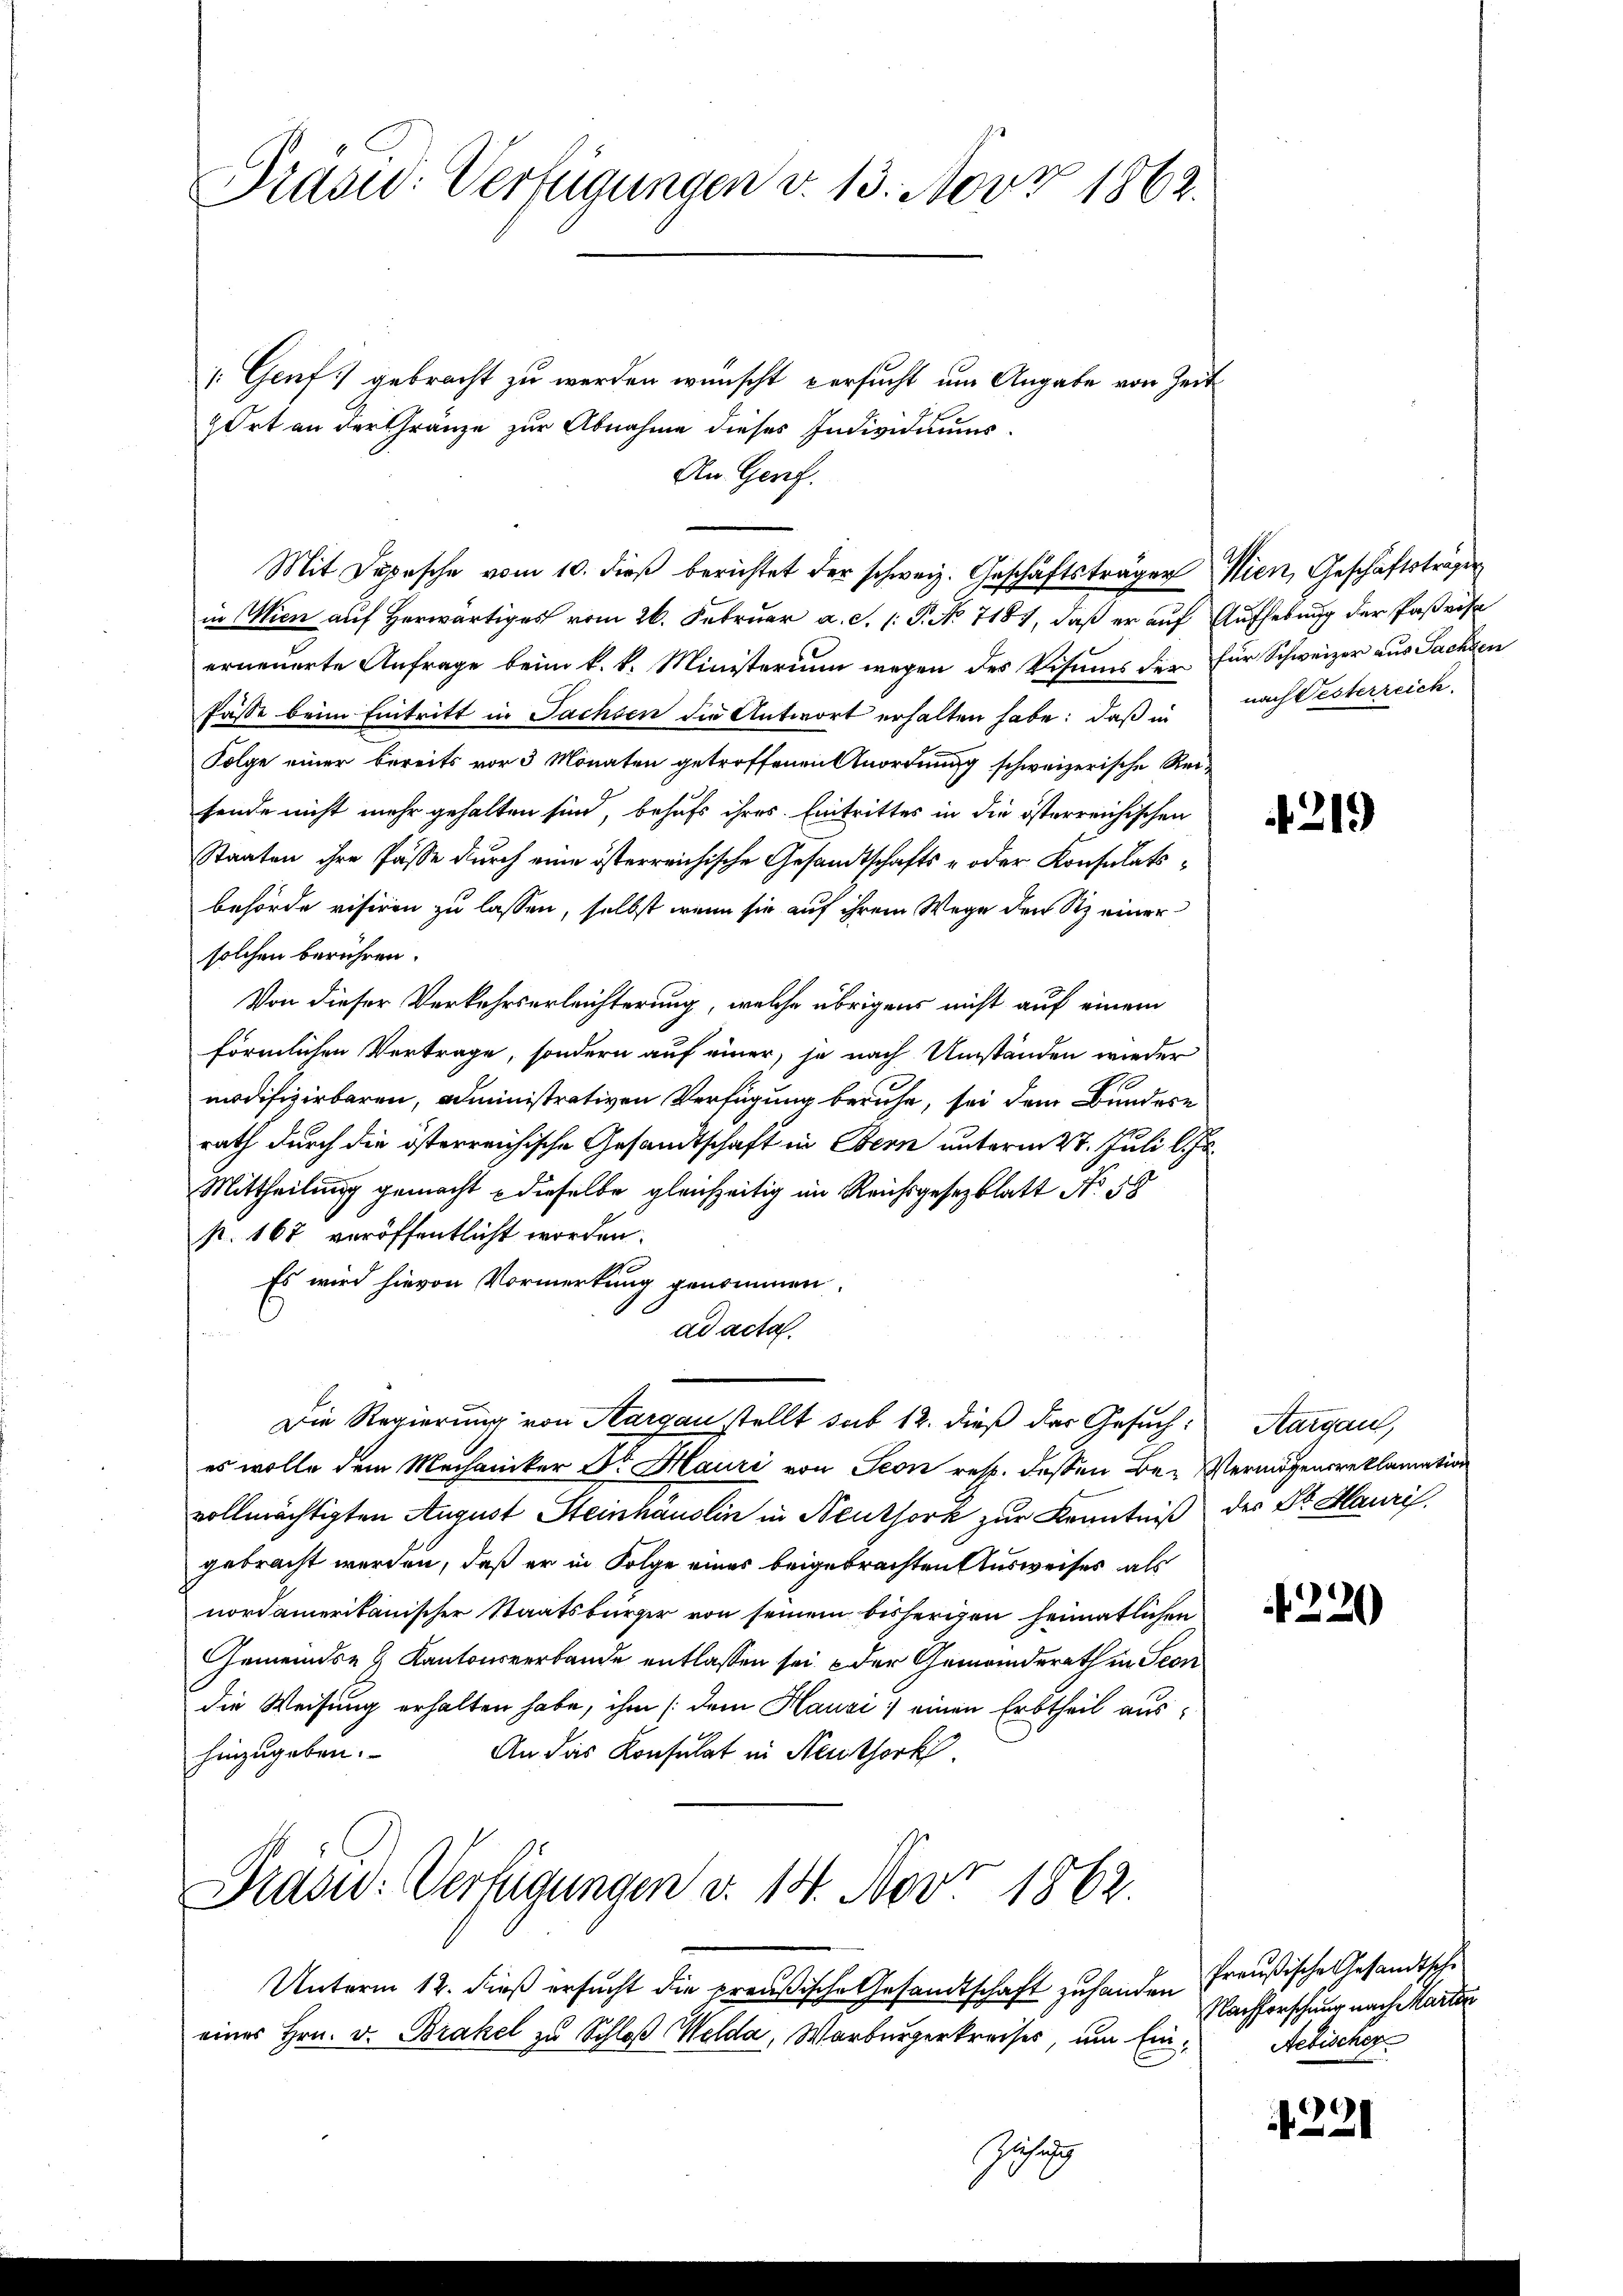
Präsid. Verfügungen v. 13. Nov 1862.

: Genf gebracht zu werden wünscht versucht um Angabe von Zeit
z Ort an der Gränze zur Abnahme dieses Individuums¬
An Genf.
in Wien auf Herwärtiges vom 26. Februar a. c. 1: P. No 7187, daß er auf Aufhebung der Paßeise
erneuerte Anfrage beim k. k. Ministerium wegen des Visums der für Schweizer aus Sachen
Pässe beim Eintritt in Sachsen die Antwort erhalten habe; daß in
Folge einer bereits vor 3 Monaten getroffenen Anordnung schweizerische Reifende nicht mehr gehalten sind, behufs ihres Eintrittes in die österreichischen
Staaten ihre Pässe durch eine österreichische Gesandtschafts- oder Konsulatsbehörde visiren zu lassen, selbst wenn sie auf ihrem Wege den Sitz einer
solchen berühren.
Von dieser Verkehrserleichterung, welche übrigens nicht auf einem
förmlichen Vertrage, sondern auf einer, je nach Umständen wieder
modifizirbaren, administrativen Verfügung beruhe, sei dem Bundese
rath durch die österreichische Gesandtschaft in Bern unterm 27. Juli l. Js.
Mittheilung gemacht dieselbe gleichzeitig im Reichsgesezblatt No 58
p. 167 veröffentlicht worden.
Es wird hievon Vormerkung genommen.
ad acta.
Die Regierung von Aargau stellt sub 12. dieß das Gesuch:
es wolle dem Mechaniker Dr Hauri von Seon resp. dessen Be- Vermögensreklamation
vollmächtigten August Steinhauslin in Neuthork zur Kenntniß der St. Mauri
gebracht werden, daß er in Folge eines beigebrachten Ausweises als
nordamerikanischer Staatsbürger von seinem bisherigen heimatlichen
Gemeinds- & Kantonsverbande entlassen sei der Gemeinderath in Seon
die Weisung erhalten habe, ihm (dem Hausi) einen Erbtheil aus¬
An das Konsulat in Neuthork
hinzugeben.
Prasid: Verfügungen v. 14. Nov. 1862.
Unterm 12. dieß ersucht die preußische Gesandtschaft zu handen freußische Gesandtschi
eines Hrn. v. Brakel zu Schloß Welda, Warburgerkreises, um Ein¬

Mit Depesche vom 10. dieβ berichtet der schweiz. Geschäftsträger Wien, Geschäftstragen

nach Oesterreich.

219

Aargau,

220

Nachforschung nach Marie
Aebischer

221